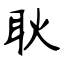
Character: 耿